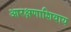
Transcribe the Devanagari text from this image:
आरक्षणाशिवाय